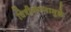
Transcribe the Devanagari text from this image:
चित्रीकरणामुळे